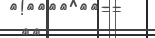
٤٠